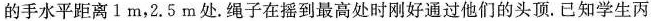
的手水平距离 1 m，2. 5 m处。绳子在摇到最高处时刚好通过他们的头顶。已知学生丙